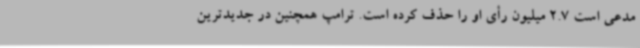
مدعی است 2.7 میلیون رأی او را حذف کرده است. ترامپ همچنین در جدیدترین